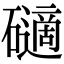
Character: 𥖾